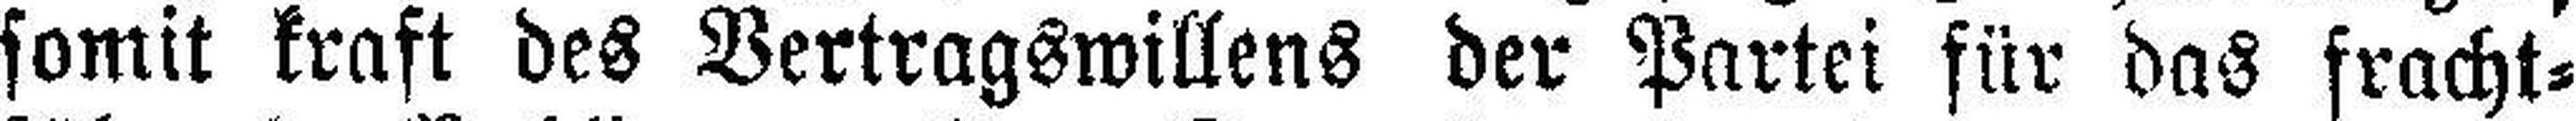
somit kraft des Vertragswillens der Partei für das fracht¬